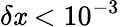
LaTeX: \delta\mathit{x}<10^{-3}